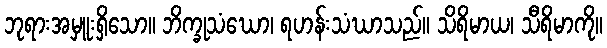
ဘုရားအမှူးရှိသော။ ဘိက္ခုသံဃော၊ ရဟန်းသံဃာသည်။ သိရိမာယ၊ သီရိမာကို။